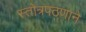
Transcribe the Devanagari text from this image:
स्तोत्रपठणाने